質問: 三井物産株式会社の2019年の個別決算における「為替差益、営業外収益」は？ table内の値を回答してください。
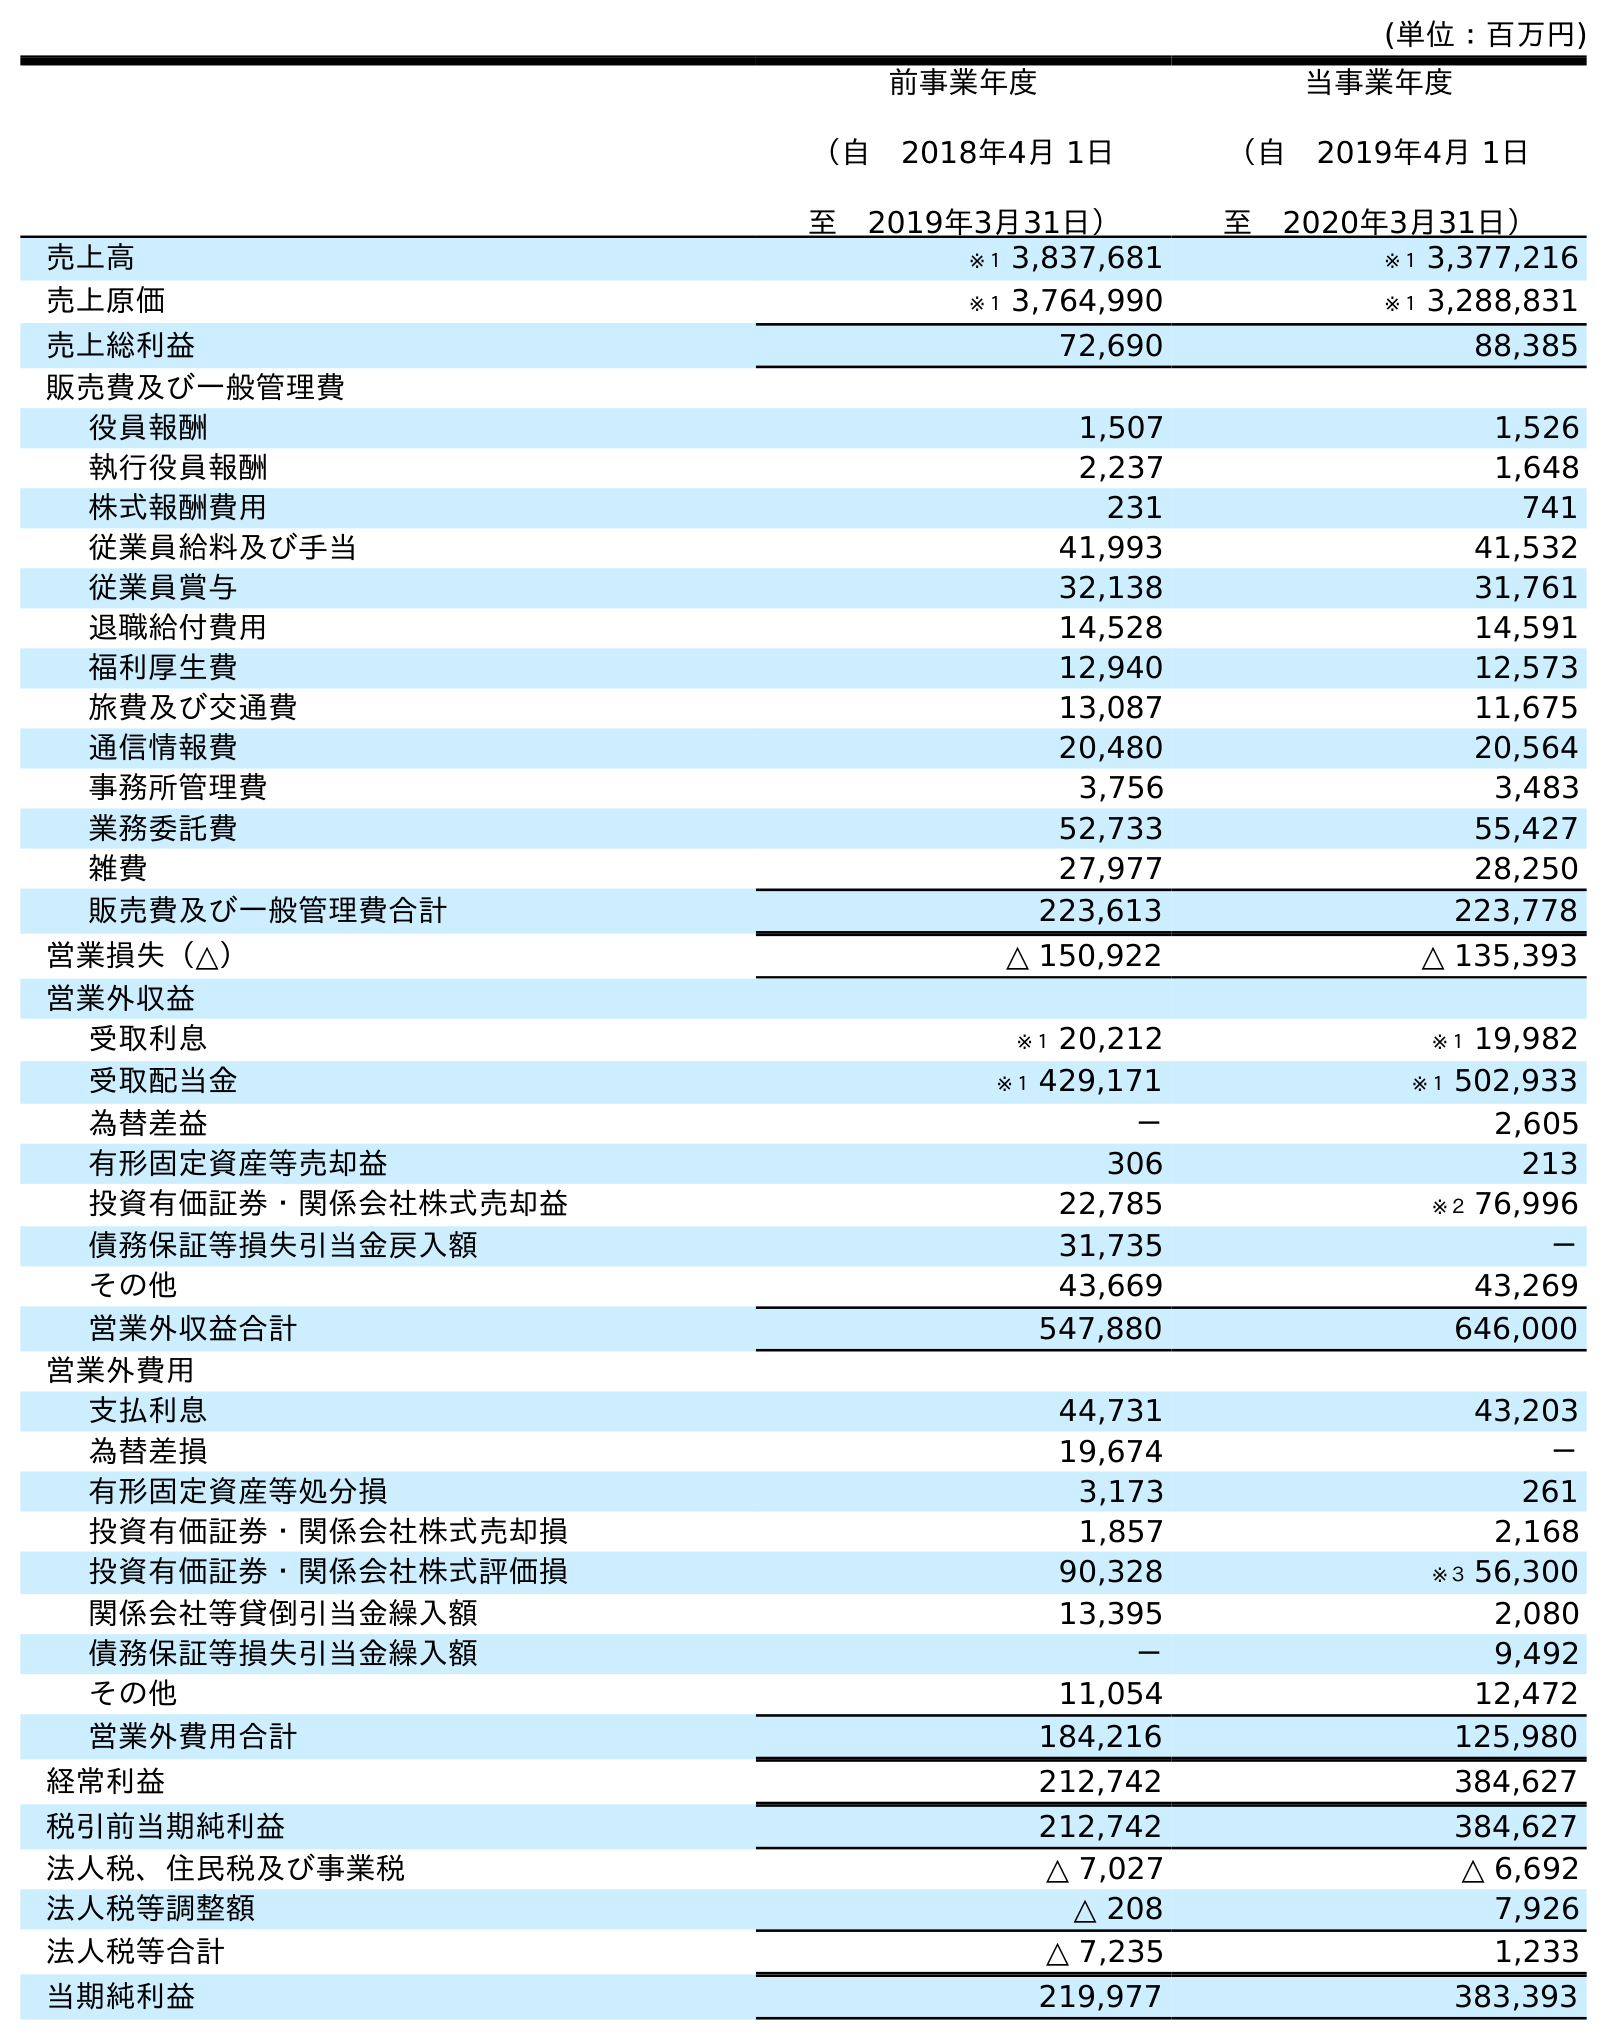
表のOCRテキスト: (単位：百万円) 前事業年度 （自 2018年4月 1日 至 2019年3月31日） 当事業年度 （自 2019年4月 1日 至 2020年3月31日） 売上高 ※１ 3,837,681 ※１ 3,377,216 売上原価 ※１ 3,764,990 ※１ 3,288,831 売上総利益 72,690 88,385 販売費及び一般管理費 役員報酬 1,507 1,526 執行役員報酬 2,237 1,648 株式報酬費用 231 741 従業員給料及び手当 41,993 41,532 従業員賞与 32,138 31,761 退職給付費用 14,528 14,591 福利厚生費 12,940 12,573 旅費及び交通費 13,087 11,675 通信情報費 20,480 20,564 事務所管理費 3,756 3,483 業務委託費 52,733 55,427 雑費 27,977 28,250 販売費及び一般管理費合計 223,613 223,778 営業損失（△） △ 150,922 △ 135,393 営業外収益 受取利息 ※１ 20,212 ※１ 19,982 受取配当金 ※１ 429,171 ※１ 502,933 為替差益 － 2,605 有形固定資産等売却益 306 213 投資有価証券・関係会社株式売却益 22,785 ※２ 76,996 債務保証等損失引当金戻入額 31,735 － その他 43,669 43,269 営業外収益合計 547,880 646,000 営業外費用 支払利息 44,731 43,203 為替差損 19,674 － 有形固定資産等処分損 3,173 261 投資有価証券・関係会社株式売却損 1,857 2,168 投資有価証券・関係会社株式評価損 90,328 ※３ 56,300 関係会社等貸倒引当金繰入額 13,395 2,080 債務保証等損失引当金繰入額 － 9,492 その他 11,054 12,472 営業外費用合計 184,216 125,980 経常利益 212,742 384,627 税引前当期純利益 212,742 384,627 法人税、住民税及び事業税 △ 7,027 △ 6,692 法人税等調整額 △ 208 7,926 法人税等合計 △ 7,235 1,233 当期純利益 219,977 383,393
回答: －